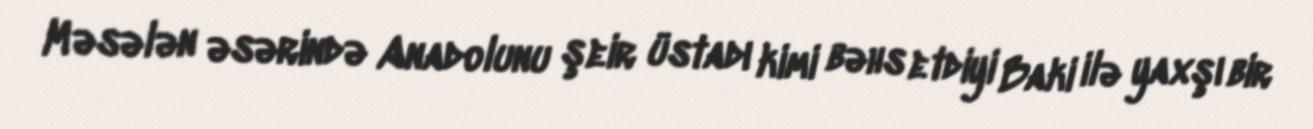
Məsələn əsərində Anadolunu şeir üstadı kimi bəhs etdiyi Baki ilə yaxşı bir